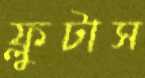
ফ্লুটাস